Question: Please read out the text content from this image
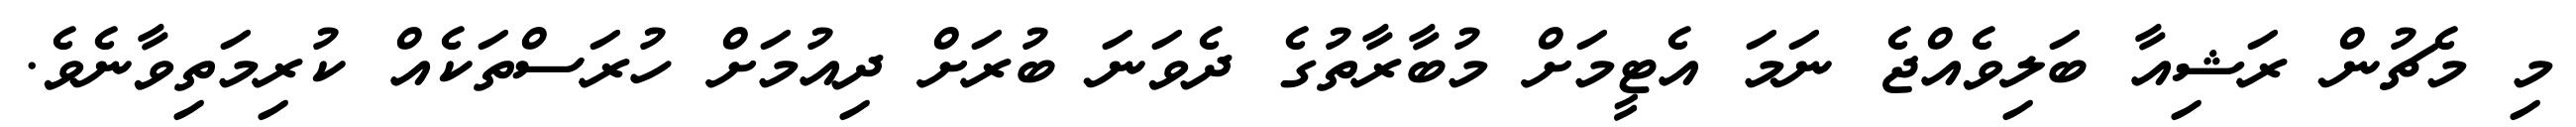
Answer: މި މެޗުން ރަޝިއާ ބަލިވެއްޖެ ނަމަ އެޓީމަށް މުބާރާތުގެ ދެވަނަ ބުރަށް ދިއުމަށް ހުރަސްތަކެއް ކުރިމަތިވާނެވެ.